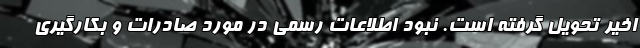
اخیر تحویل گرفته است. نبود اطلاعات رسمی در مورد صادرات و بکارگیری